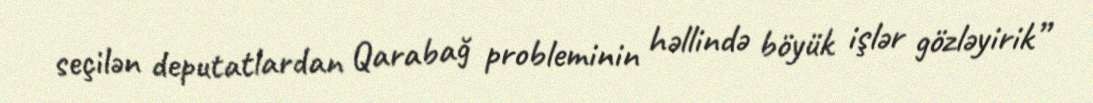
seçilən deputatlardan Qarabağ probleminin həllində böyük işlər gözləyirik”